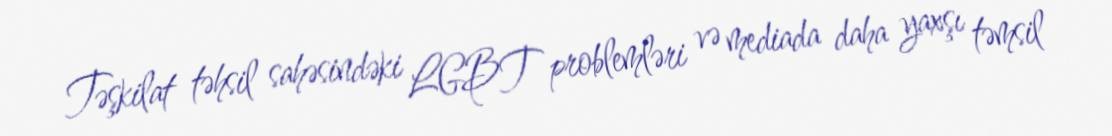
Təşkilat təhsil sahəsindəki LGBT problemləri və mediada daha yaxşı təmsil